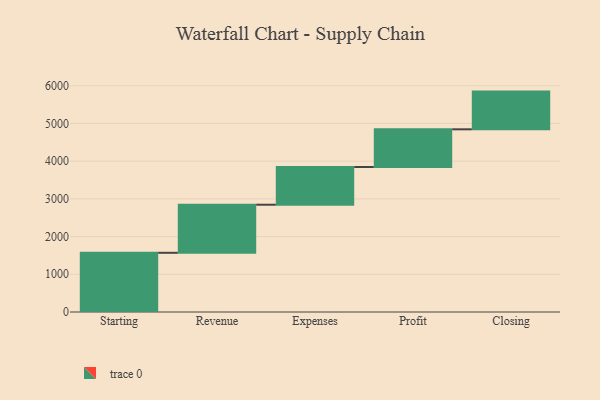
{"axis": {"x": "Step", "y": "Value"}, "legend": [""], "data": [{"x": "Starting", "y": 1570.0, "type": ""}, {"x": "Revenue", "y": 1275.0, "type": ""}, {"x": "Expenses", "y": 1000, "type": ""}, {"x": "Profit", "y": 1000, "type": ""}, {"x": "Closing", "y": 1000, "type": ""}]}